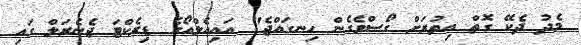
މެދު ދެކޭ ގޮތް އިތުރަށް ގޯސްވެގެން ހިނގައްޖެ" އައިއެލްއޯގެ ޑިރެކްޓަ ޖެނެރަލް ގައި